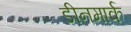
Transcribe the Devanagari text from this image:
डीनमार्क